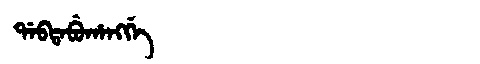
Manchu: ᡩᠠᠪᡨᠠᠪᡠᡥᠠᠩᡤᡝ
Romanization: DABTABUHANGGE